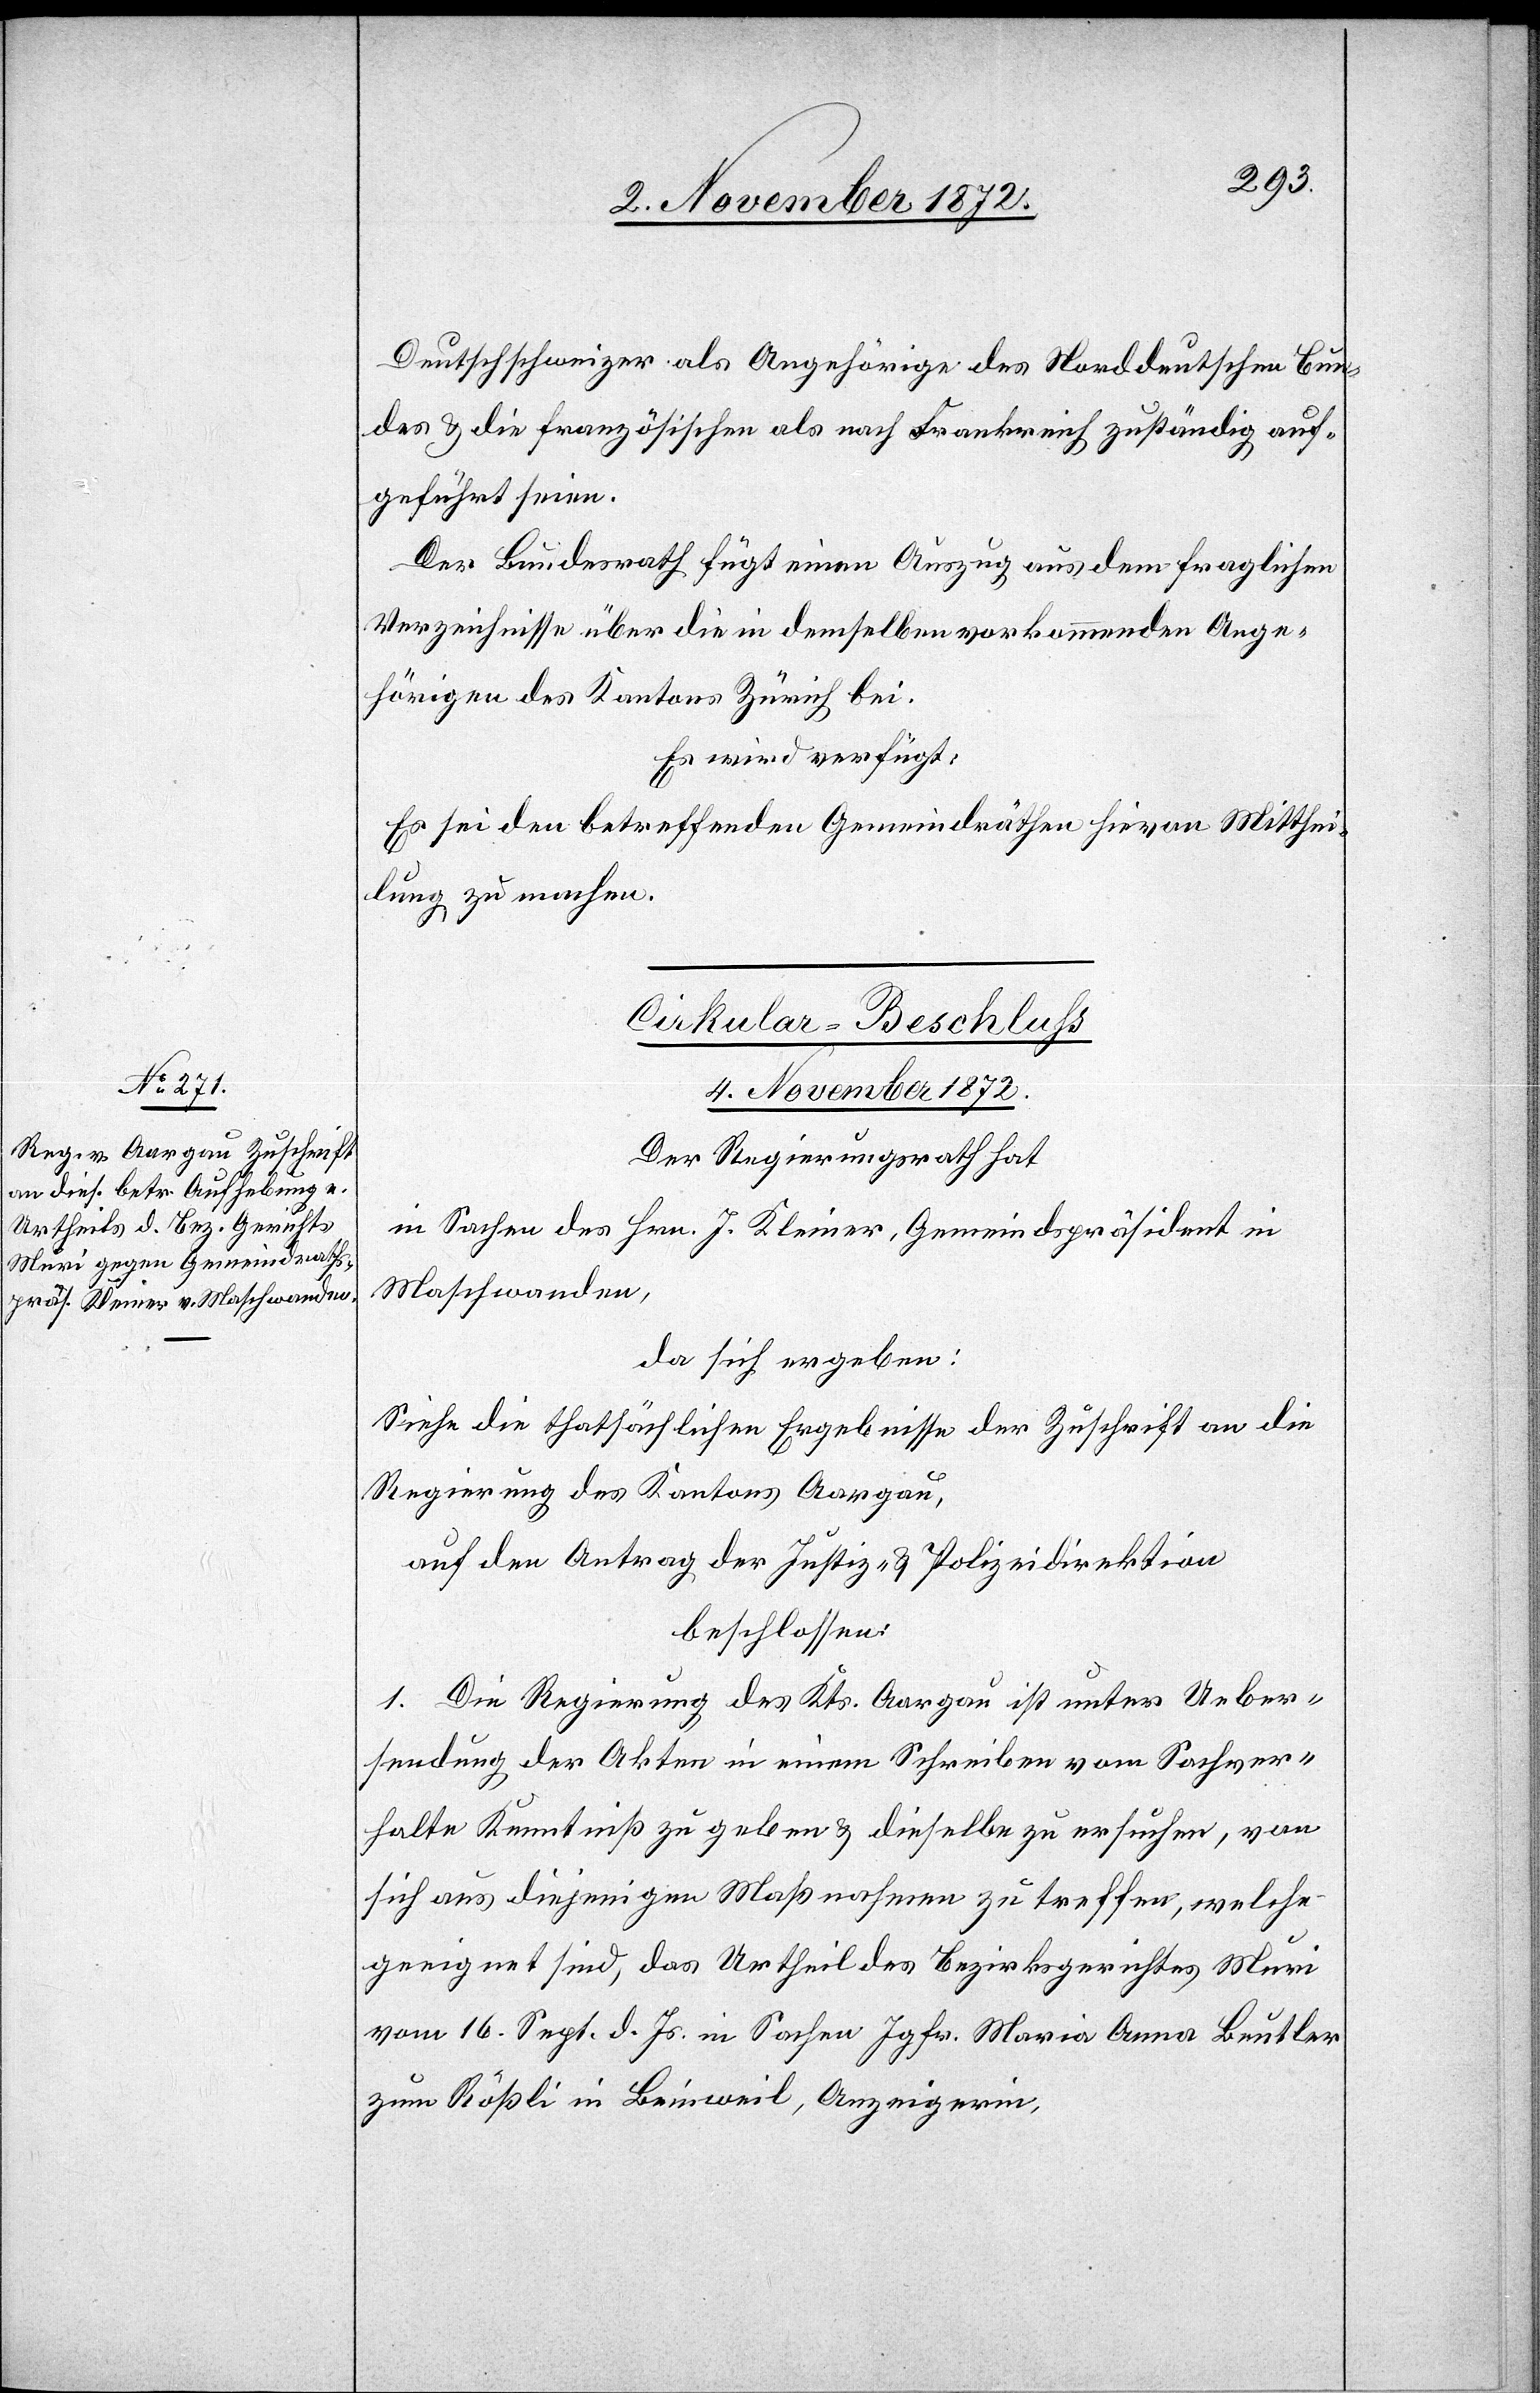
Deutschschweizer als Angehörige des Norddeutschen Bun¬
des u. die französischen als nach Frankreich zuständig auf¬
geführt seien.
Der Bundesrath fügt einen Auszug aus dem fraglichen
Verzeichnisse über die in demselben vorkommenden Ange¬
hörigen des Kantons Zürich bei.
Es wird verfügt:
Es sei den betreffenden Gemeindräthen hievon Mitthei¬
lung zu machen.
Cirkular-Beschluß
4. November 1872.
Der Regierungsrath hat
in Sachen des Hrn. J. Kleiner, Gemeindspräsident in
Maschwanden,
da sich ergeben:
Siehe die thatsächlichen Ergebnisse der Zuschrift an die
Regierung des Kantons Aargau,
auf den Antrag der Justiz- u. Polizeidirektion
beschlossen:
1. Die Regierung des Kts. Aargau ist unter Ueber¬
sendung der Akten in einem Schreiben vom Sachver¬
halte Kenntniß zu geben u. dieselbe zu ersuchen, von
sich aus diejenigen Maßnahmen zu treffen, welche
geeignet sind, das Urtheil des Bezirksgerichtes Muri
vom 16. Sept. d. Js. in Sachen Jgfr. Maria Anna Beutler
zum Rößli in Beinweil, Anzeigerin,